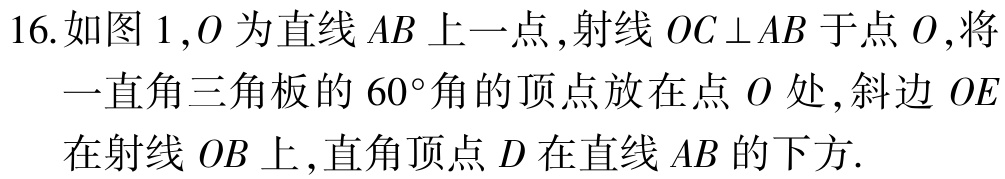
16.如图 1 ,$O$为直线$AB$上一点,射线$OC\perp AB$于点$O$,将一直角三角板的$60^{\circ}$角的顶点放在点$O$处,斜边$OE$在射线$OB$上,直角顶点$D$在直线$AB$的下方.